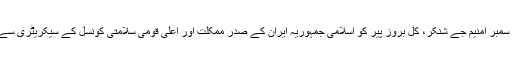
یہ بات قابل ذکر ہے کہ ڈاکٹر سمبر امنیم جے شنکر، کل بروز پیر کو اسلامی جمہوریہ ایران کے صدر ممکلت اور اعلی قومی سلامتی کونسل کے سیکریٹری سے الگ الگ ملاقاتیں کریں گے۔